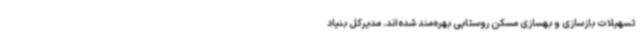
تسهیلات بازسازی و بهسازی مسکن روستایی بهره‌مند شده‌اند. مدیرکل بنیاد